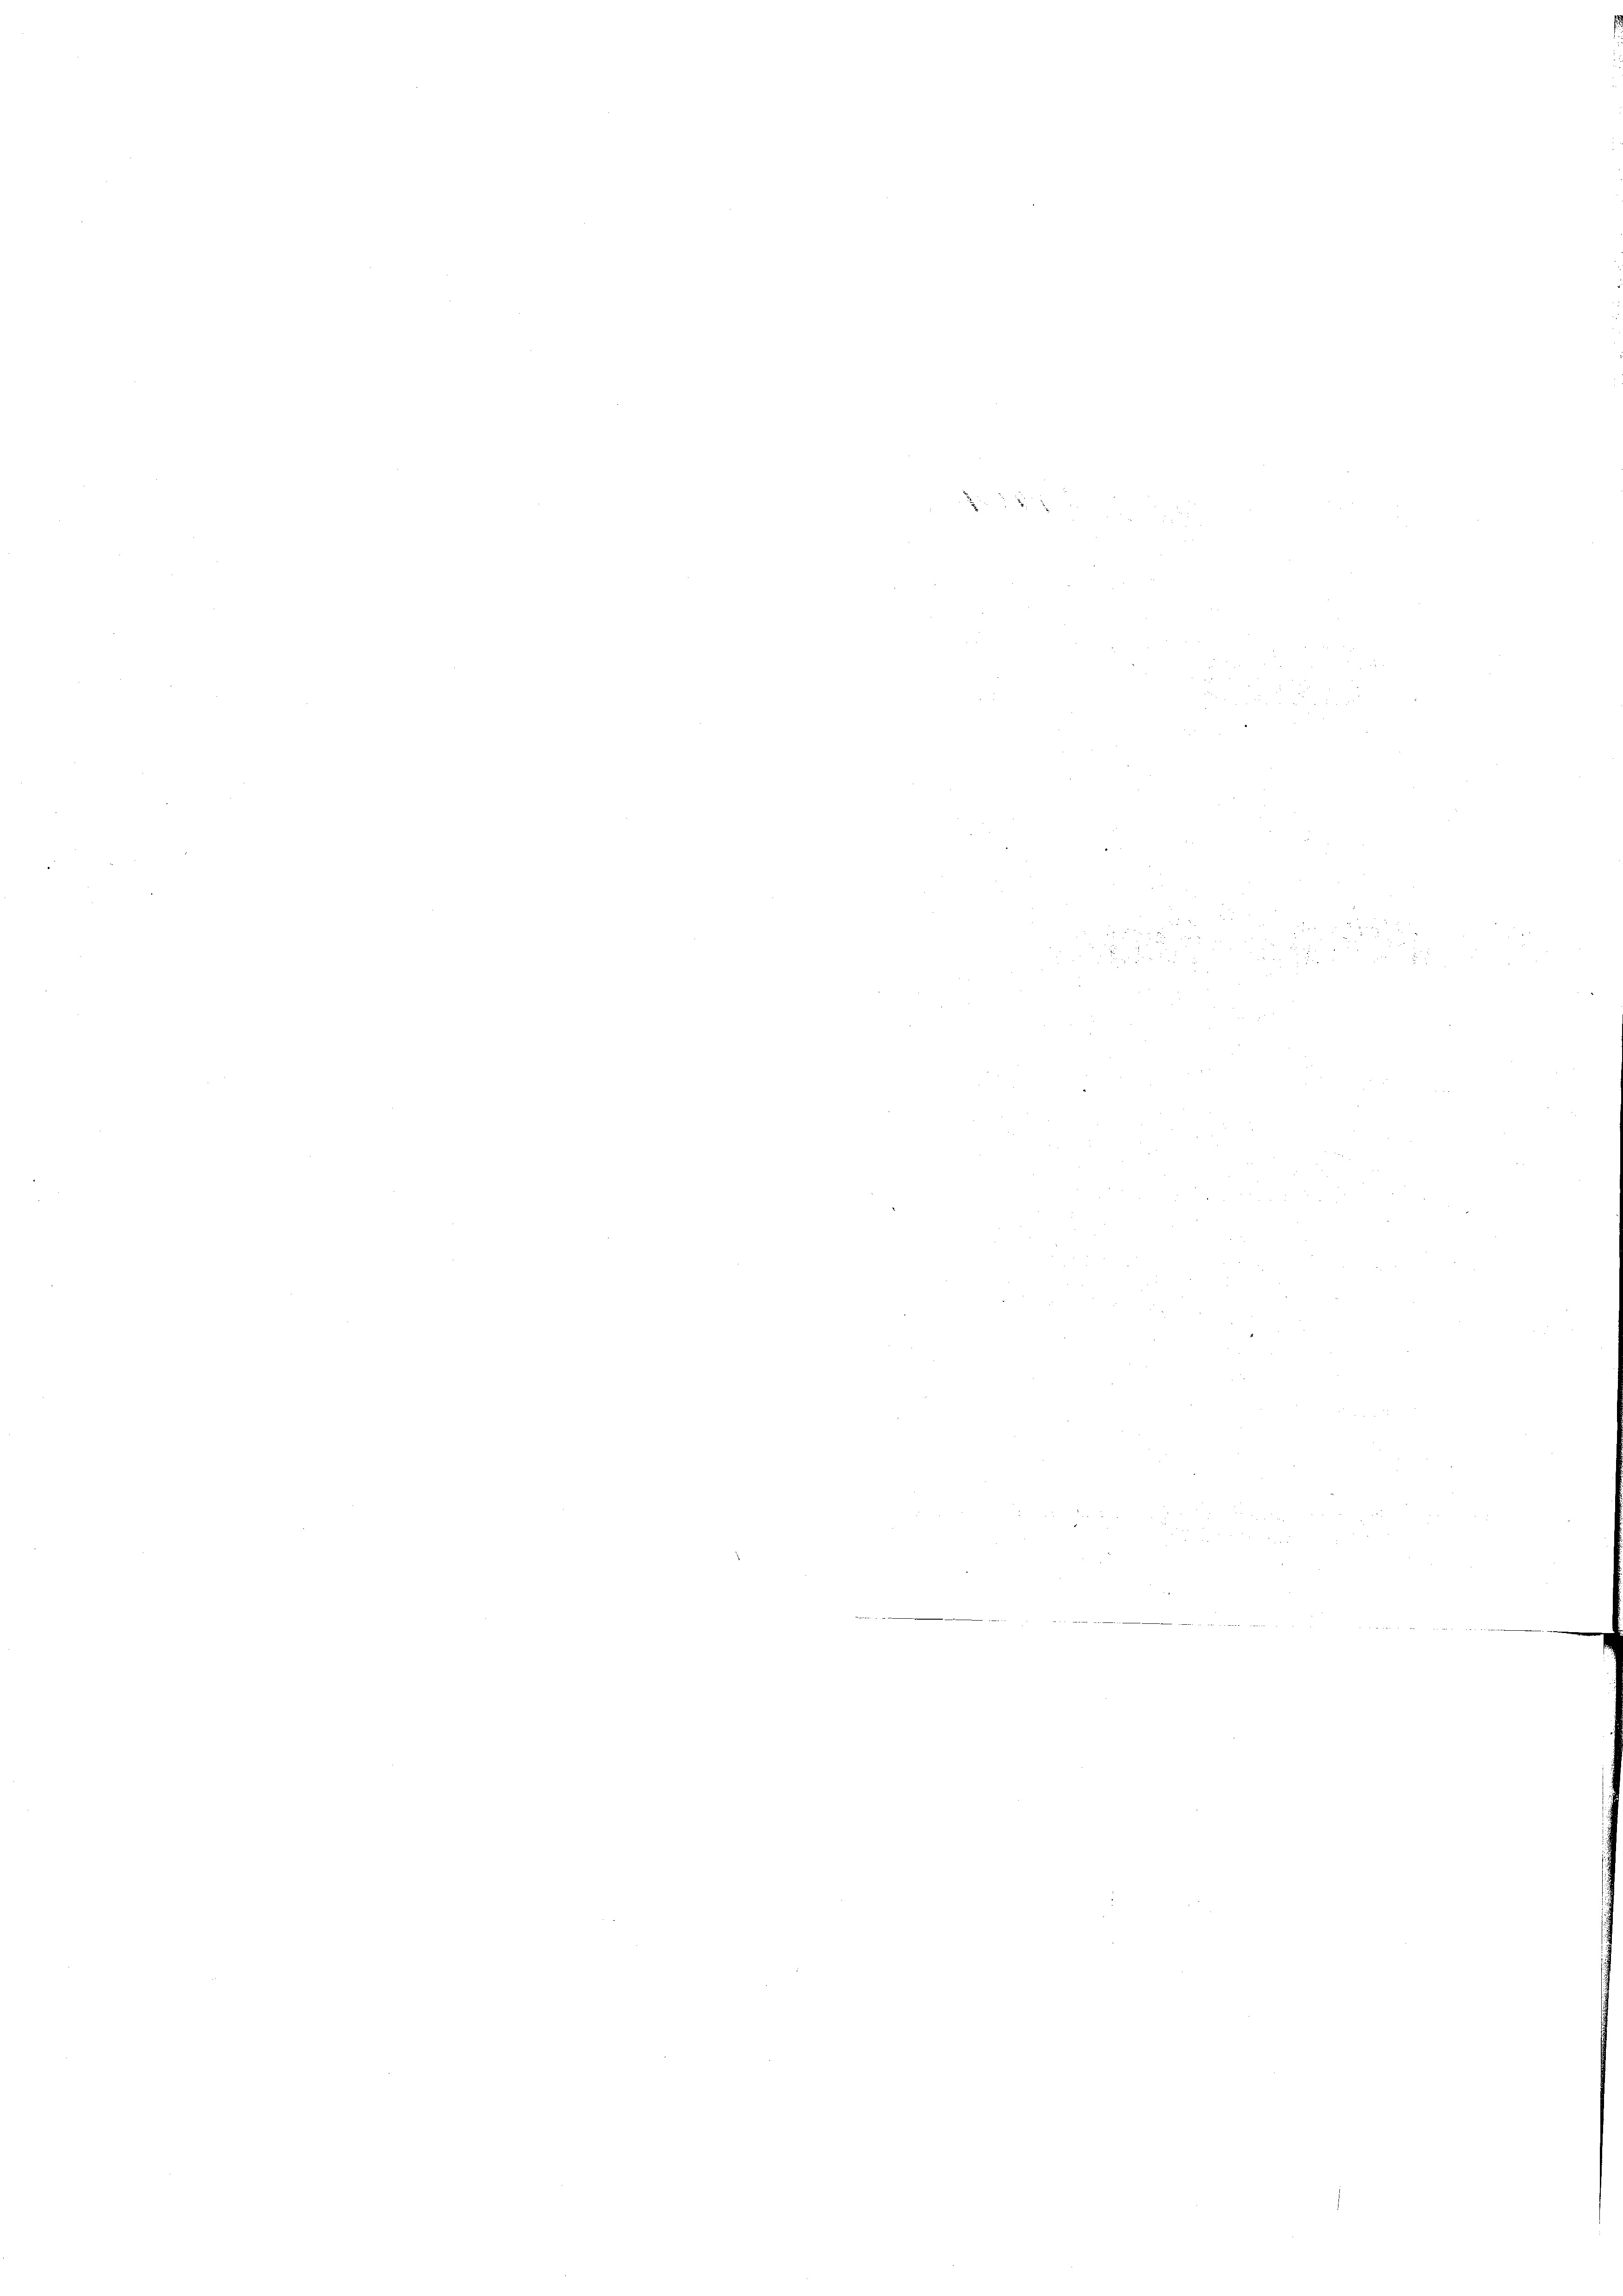
u
1
2
d
d
xx

5 x

 f 24 x

2
x
de und
Br
de